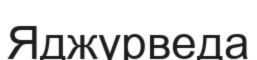
Яджурведа